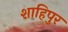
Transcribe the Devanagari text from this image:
शाहिपुर